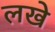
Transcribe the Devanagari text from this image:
लखे